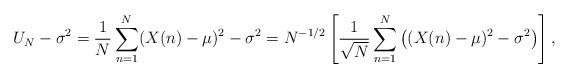
LaTeX: \begin{align*}U_N-\sigma^2=\frac{1}{N}\sum_{n=1}^N (X(n)-\mu)^2-\sigma^2= N^{-1/2} \left[ \frac{1}{\sqrt{N}} \sum_{n=1}^N \left((X(n)-\mu)^2-\sigma^2\right)\right],\end{align*}